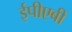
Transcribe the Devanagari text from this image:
ईपीएबी